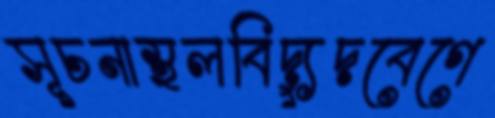
সূচনাস্থলবিদ্যুদবেগে